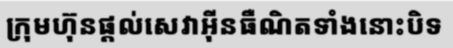
ក្រុមហ៊ុនផ្តល់សេវាអ៊ីនធឺណិតទាំងនោះបិទ